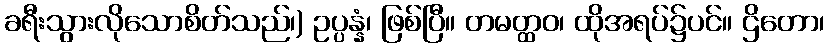
ခရီးသွားလိုသောစိတ်သည်၊) ဥပ္ပန္နံ၊ ဖြစ်ပြီ။ တမတ္ထဝ၊ ထိုအရပ်၌ပင်။ ဌိတော၊